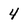
Character: 4